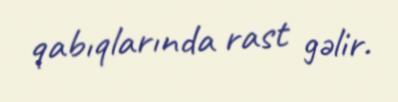
qabıqlarında rast gəlir.